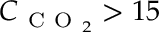
C _ { \mathrm { ~ C ~ O ~ } _ { 2 } } > 1 5 \